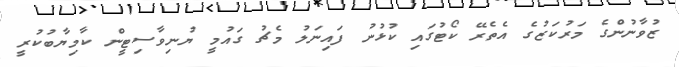
ޒުވާނުންގެ މަރުކަޒުގެ އެތެރޭ ކޯޓުގައި ކުޅުނު ފައިނަލު މެޗު ގައުމީ ޔުނިވާސިޓީން ކާމިޔާބުކުރީ